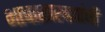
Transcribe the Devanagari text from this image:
भाषाशास्त्रज्ञांची